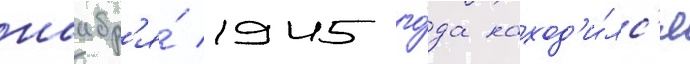
ноабр'я́ 1945 го́да наход'и́лс'я